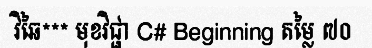
វិឆៃ*** មុខវិជ្ផា C# Beginning តម្លៃ ៧០